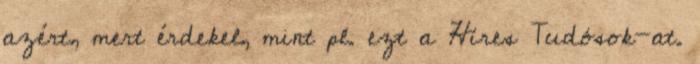
azért, mert érdekel, mint pl. ezt a Híres Tudósok-at.